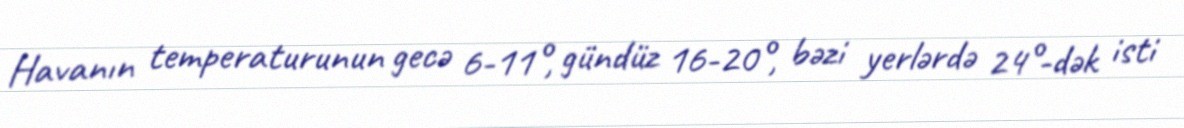
Havanın temperaturunun gecə 6-11°, gündüz 16-20°, bəzi yerlərdə 24°-dək isti